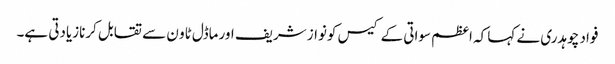
فواد چوہدری نے کہا کہ اعظم سواتی کے کیس کونواز شریف اورماڈل ٹاو ن سے تقابل کرنازیادتی ہے۔